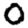
Digit: 0